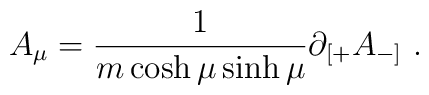
A_\mu=\frac{1}{m\cosh\mu\sinh\mu}\partial_{[+}A_{-]}\ .